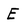
Character: E